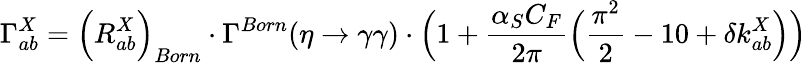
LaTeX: \Gamma_{ab}^{X}=\Big(R_{ab}^{X}\Big)_{Born}\cdot\Gamma^{Born}(\eta\to\gamma\gamma)\cdot\Big(1+\frac{\alpha_{S}C_{F}}{2\pi}\Big(\frac{\pi^{2}}{2}-10+\delta k_{ab}^{X}\Big)\Big)